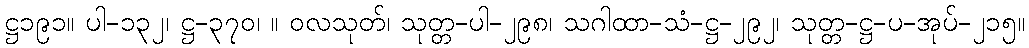
ဋ္ဌ၁၉၁။ ပါ-၁၃၂၊ ဋ္ဌ-၃၇၀၊ ။ ဝလသုတ်၊ သုတ္တ-ပါ-၂၉၈၊ သဂါထာ-သံ-ဋ္ဌ-၂၉၂၊ သုတ္တ-ဋ္ဌ-ပ-အုပ်-၂၁၅။